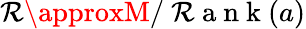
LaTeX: \mathcal{R}\approxM/\mathrm{{~\mathcal{R}~a~n~k~}}(a)